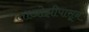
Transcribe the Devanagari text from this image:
लाओझीपासून